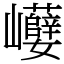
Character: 巕